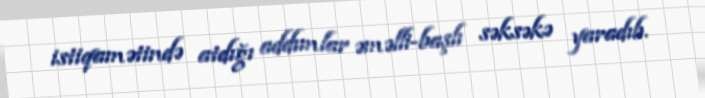
istiqamətində atdığı addımlar əməlli-başlı səksəkə yaradıb.